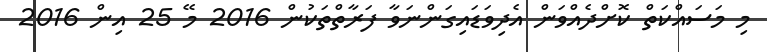
މި މަސައްކަތް ކޮށްދެއްވަން އެދިވަޑައިގަންނަވާ ފަރާތްތަކުން 2016 މޭ 25 އިން 2016